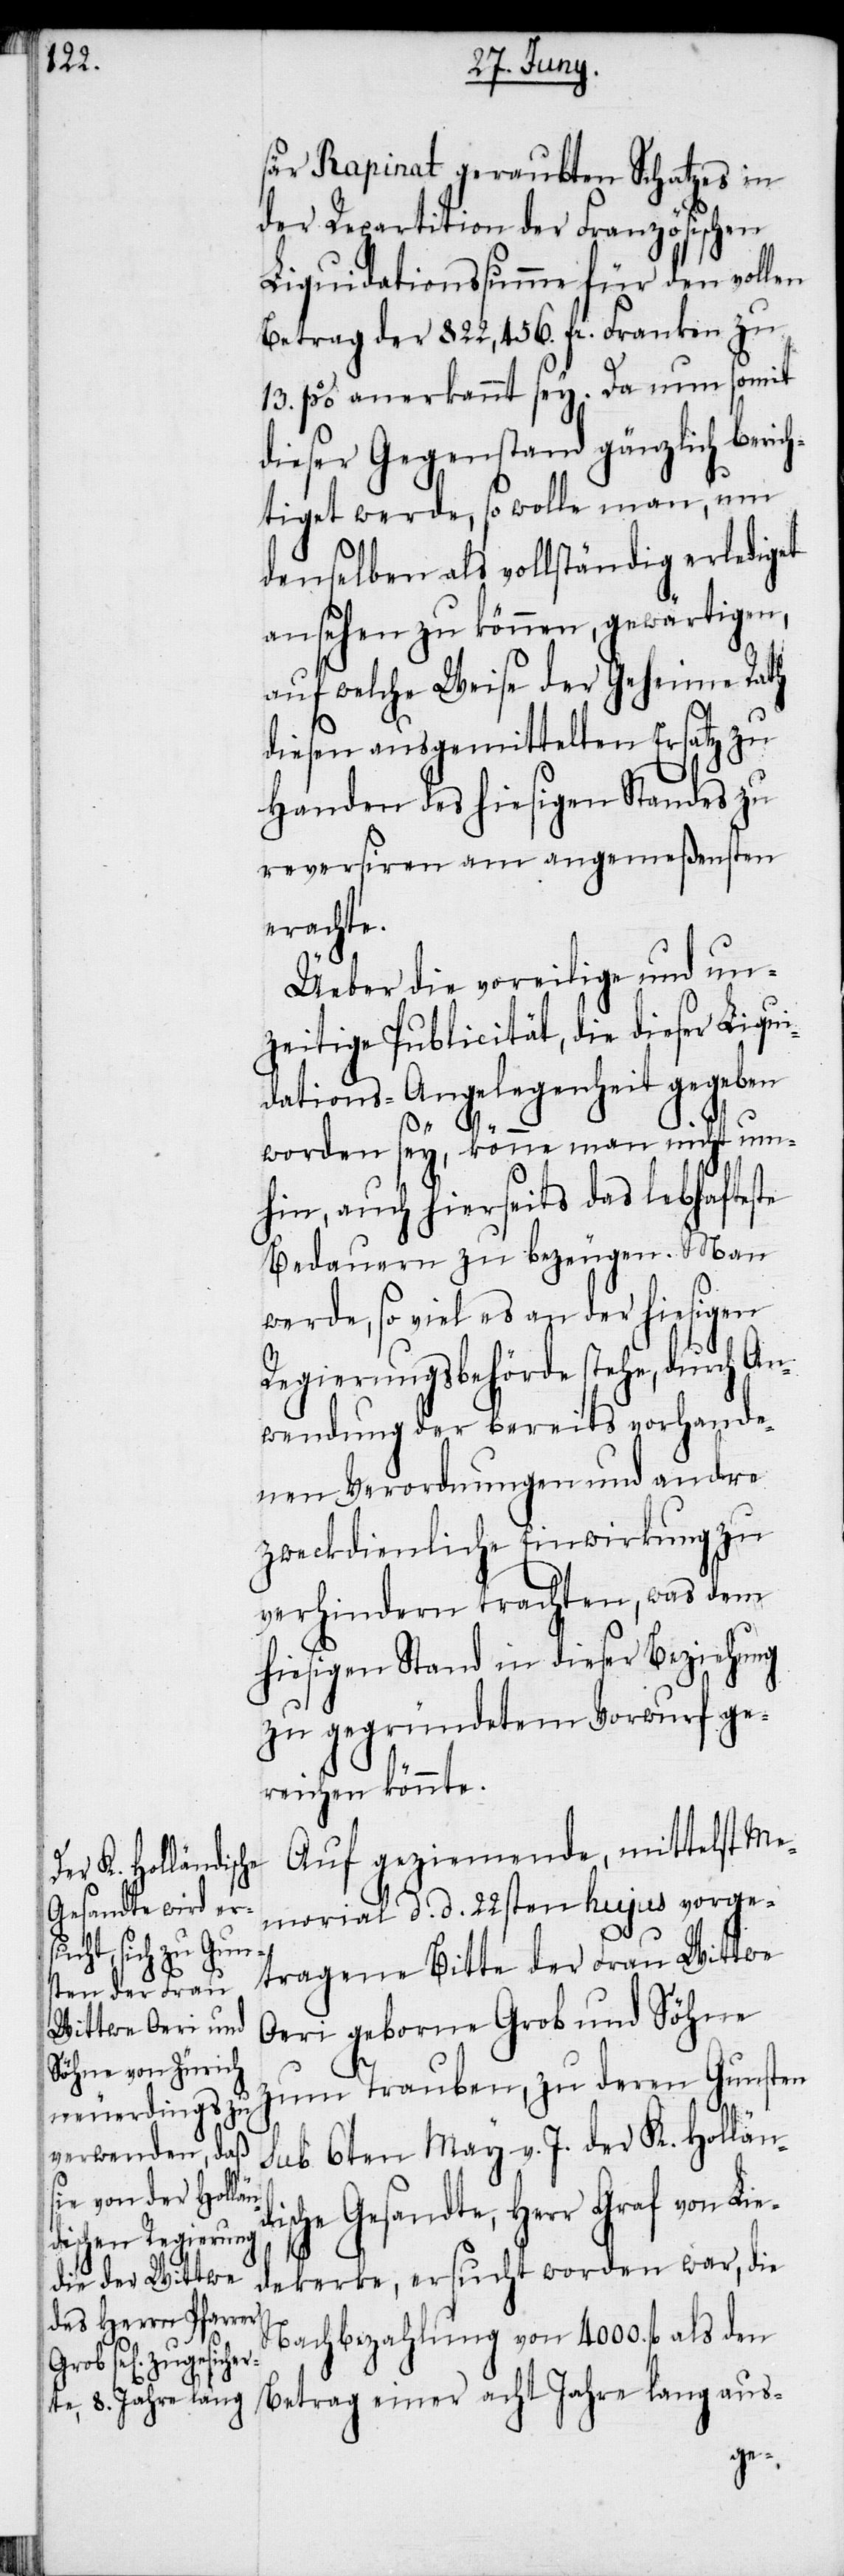
sär Rapinat geraubten Schatzes in
der Repartition der Französischen
Liquidationssumme für den vollen
Betrag der 822,456. fr. Franken zu
13. % anerkannt sey. Da nun somit
dieser Gegenstand gänzlich beric¬
htiget werde, so wolle man, um
denselben als vollständig erlediget
ansehen zu können, gewärtigen,
auf welche Weise der Geheime Rath
diesen ausgemittelten Ersatz zu
Handen des hiesigen Standes zu
reversiren am angemeßensten
erachte.
Üeber die voreilige und un¬
zeitige Publicität, die dieser Liqui¬
dations-Angelegenheit gegeben
worden sey, könne man nicht um¬
hin, auch hierseits das lebhafteste
Bedauern zu bezeugen. Man
werde, so viel es an der hiesigen
Regierungsbehörde stehe, durch An¬
wendung der bereits vorhande¬
nen Verordnungen und andre
zweckdienliche Einwirkung zu
verhindern trachten, was dem
hiesigen Stand in dieser Beziehung
zu gegründetem Vorwurf ge¬
reichen könnte.
Auf geziemende, mittelst Me¬
morial d. d. 22sten hujus vorge¬
tragene Bitte der Frau Wittwe
Oeri geborne Grob und Söhne
zum Trauben, zu deren Gunsten
sub 6ten May v. J. der K. Holländ¬
ische Gesandte, Herr Graf von Lie¬
dekerke, ersucht worden war, die
Nachbezahlung von 4000. fl als den
Betrag einer acht Jahre lang aus-